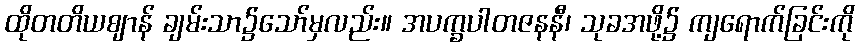
ထိုတတိယဈာန် ချမ်းသာ၌သော်မှလည်း။ အပက္ခပါတဇနနီ၊ သုခအဖို့၌ ကျရောက်ခြင်းကို